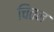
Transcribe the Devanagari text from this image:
चितन